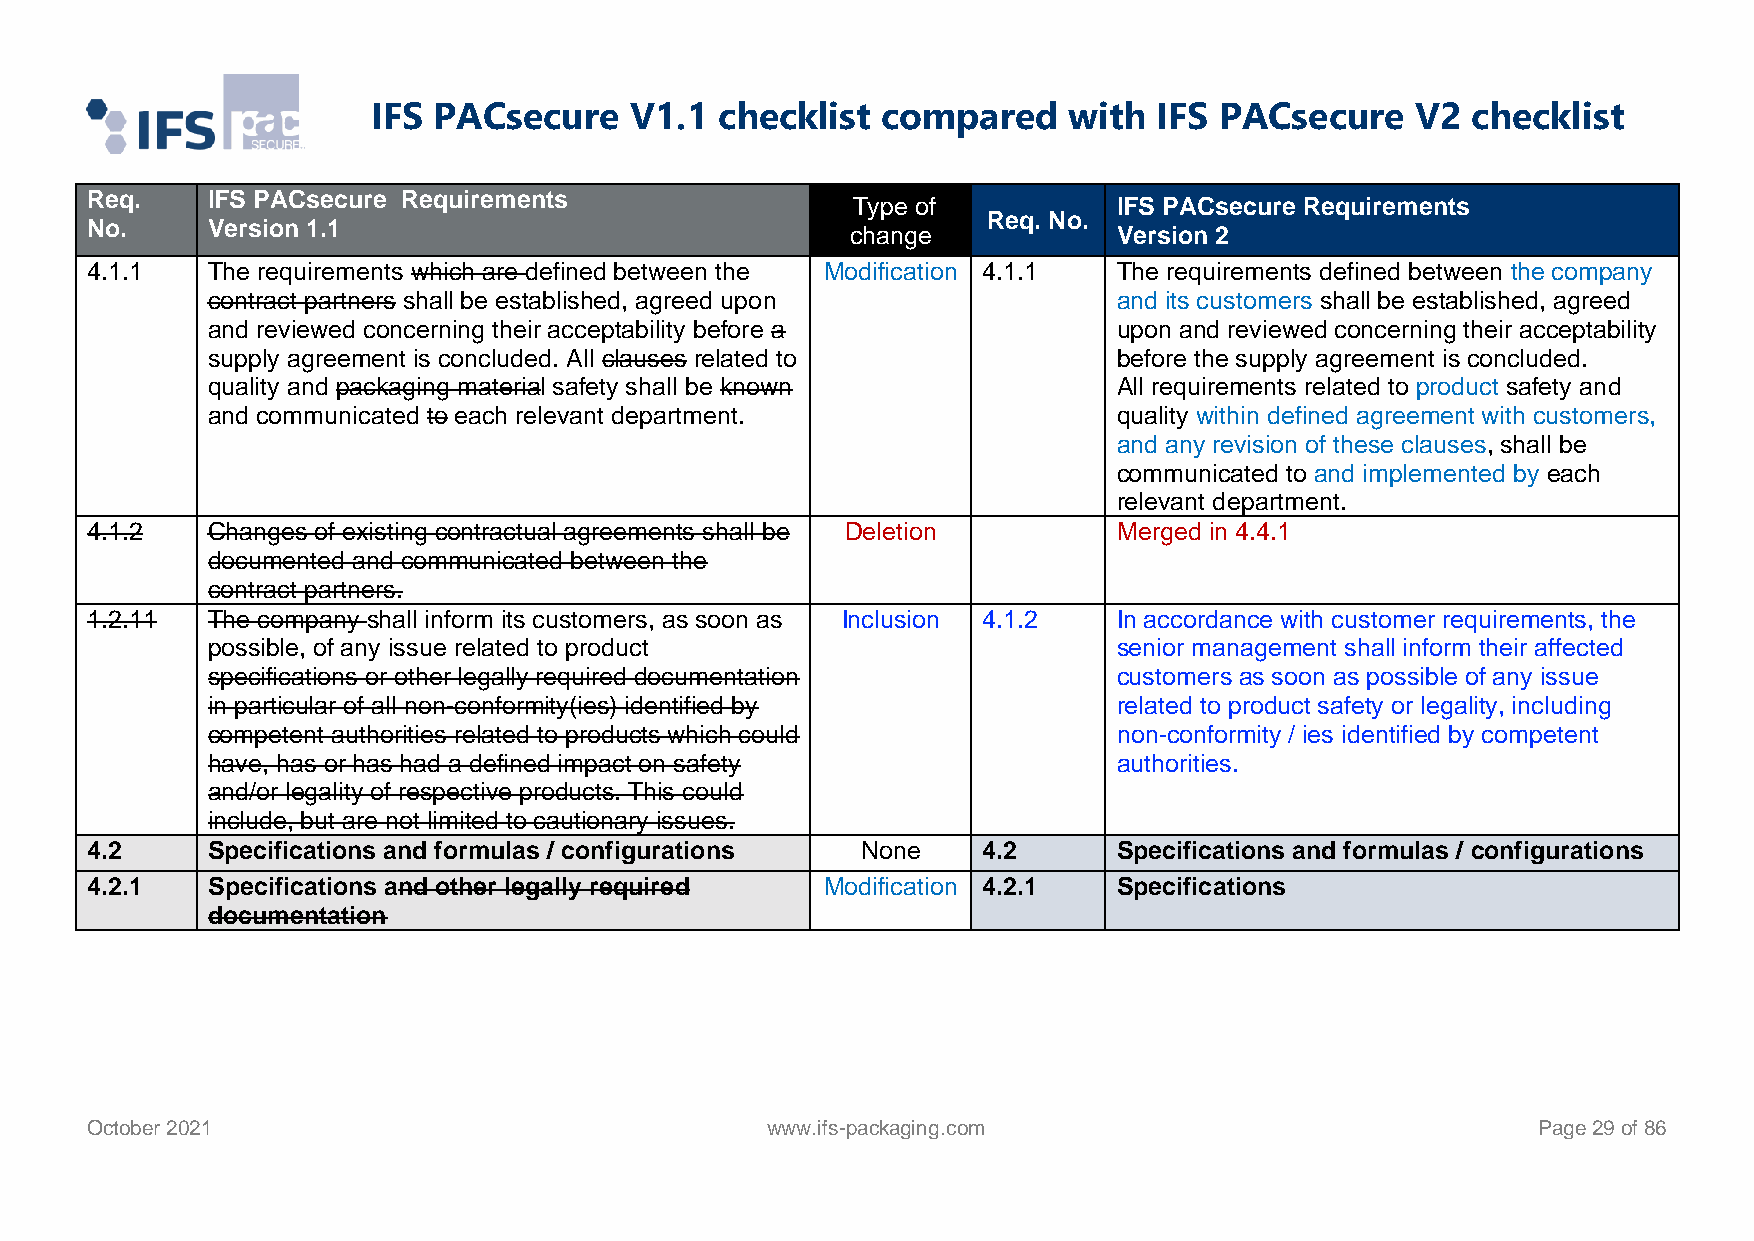
IFS PACsecure    V1.1  checklist compared     with  IFS PACsecure    V2 checklist
 Req.    IFS PACsecure Requirements
 Type of           IFS PACsecure Requirements
 Req. No.
 No.     Version 1.1                               change            Version 2
 4.1.1   The requirements which are defined between the Modification 4.1.1 The requirements defined between the company
 contract partners shall be established, agreed upon         and its customers shall be established, agreed
 and reviewed concerning their acceptability before a        upon and reviewed concerning their acceptability
 supply agreement is concluded. All clauses related to       before the supply agreement is concluded.
 quality and packaging material safety shall be known        All requirements related to product safety and
 and communicated to each relevant department.               quality within defined agreement with customers,
 and any revision of these clauses, shall be
 communicated to and implemented by each
 relevant department.
 4.1.2   Changes of existing contractual agreements shall be Deletion Merged in 4.4.1
 documented and communicated between the
 contract partners.
 1.2.11  The company shall inform its customers, as soon as Inclusion 4.1.2 In accordance with customer requirements, the
 possible, of any issue related to product                   senior management shall inform their affected
 specifications or other legally required documentation      customers as soon as possible of any issue
 in particular of all non-conformity(ies) identified by      related to product safety or legality, including
 competent authorities related to products which could       non-conformity / ies identified by competent
 have, has or has had a defined impact on safety             authorities.
 and/or legality of respective products. This could
 include, but are not limited to cautionary issues.
 4.2     Specifications and formulas / configurations None  4.2      Specifications and formulas / configurations
 4.2.1   Specifications and other legally required Modification 4.2.1 Specifications
 documentation
 October 2021                                 www.ifs-packaging.com                              Page 29 of 86